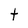
Character: t